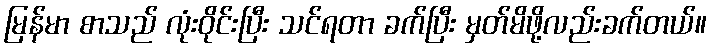
မြန်မာ စာသည် လုံးဝိုင်းပြီး သင်ရတာ ခက်ပြီး မှတ်မိဖို့လည်းခက်တယ်။